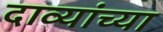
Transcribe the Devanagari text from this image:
दाव्यांच्या